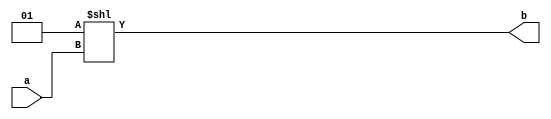
//From Slide Set 6
module Decoder(a, b) ;
  parameter n=2 ;
  parameter m=4 ;

  input  [n-1:0] a ;
  output [m-1:0] b ;

  wire [m-1:0] b = 1 << a ;
endmodule